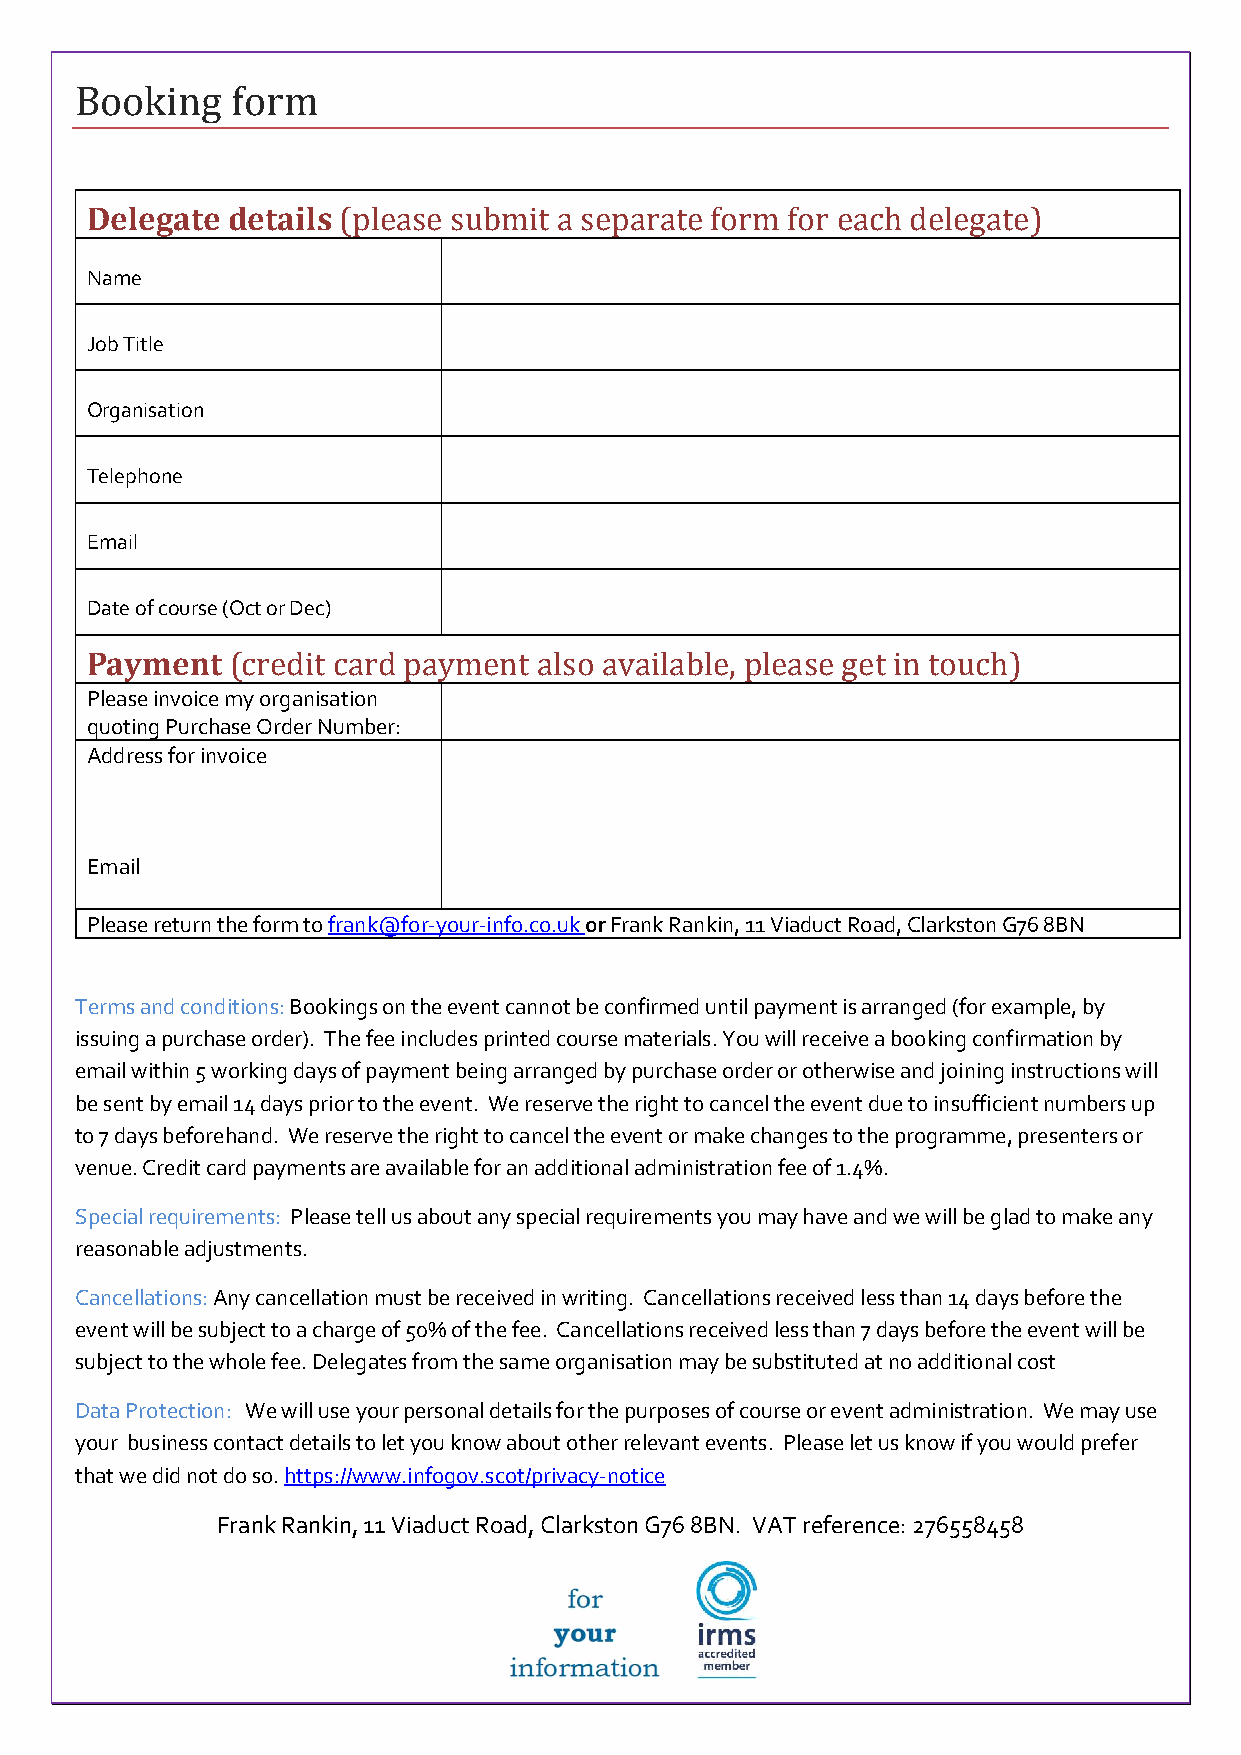
Booking   form
 Delegate details (please submit a separate form for each delegate)
 Name
 Job Title
 Organisation
 Telephone
 Email
 Date of course (Oct or Dec)
 Payment  (credit card payment also available, please get in touch)
 Please invoice my organisation
 quoting Purchase Order Number:
 Address for invoice
 Email
 Please return the form to frank@for-your-info.co.uk or Frank Rankin, 11 Viaduct Road, Clarkston G76 8BN
 Terms and conditions: Bookings on the event cannot be confirmed until payment is arranged (for example, by
 issuing a purchase order). The fee includes printed course materials. You will receive a booking confirmation by
 email within 5 working days of payment being arranged by purchase order or otherwise and joining instructions will
 be sent by email 14 days prior to the event. We reserve the right to cancel the event due to insufficient numbers up
 to 7 days beforehand. We reserve the right to cancel the event or make changes to the programme, presenters or
 venue. Credit card payments are available for an additional administration fee of 1.4%.
 Special requirements: Please tell us about any special requirements you may have and we will be glad to make any
 reasonable adjustments.
 Cancellations: Any cancellation must be received in writing. Cancellations received less than 14 days before the
 event will be subject to a charge of 50% of the fee. Cancellations received less than 7 days before the event will be
 subject to the whole fee. Delegates from the same organisation may be substituted at no additional cost
 Data Protection: We will use your personal details for the purposes of course or event administration. We may use
 your business contact details to let you know about other relevant events. Please let us know if you would prefer
 that we did not do so. https://www.infogov.scot/privacy-notice
 Frank Rankin, 11 Viaduct Road, Clarkston G76 8BN. VAT reference: 276558458